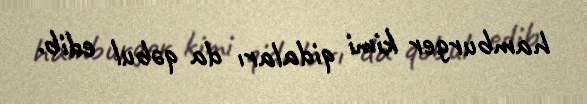
hamburger kimi qidaları da qəbul edib.